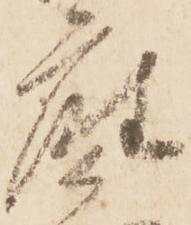
座